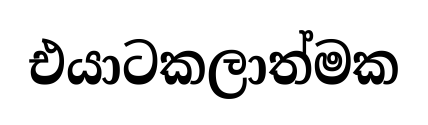
එයාටකලාත්මක